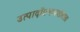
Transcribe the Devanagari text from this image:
उत्पादोंप्रभावशीलता